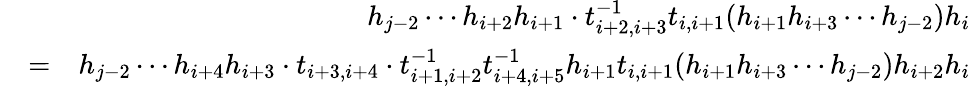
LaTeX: \begin{array}{rlr}&{}&{h_{j-2}\cdots h_{i+2}h_{i+1}\cdot t_{i+2,i+3}^{-1}t_{i,i+1}(h_{i+1}h_{i+3}\cdots h_{j-2})h_{i}}\\ &{=}&{h_{j-2}\cdots h_{i+4}h_{i+3}\cdot t_{i+3,i+4}\cdot t_{i+1,i+2}^{-1}t_{i+4,i+5}^{-1}h_{i+1}t_{i,i+1}(h_{i+1}h_{i+3}\cdots h_{j-2})h_{i+2}h_{i}}\end{array}